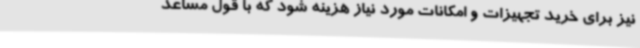
نیز برای خرید تجهیزات و امکانات مورد نیاز هزینه شود که با قول مساعد